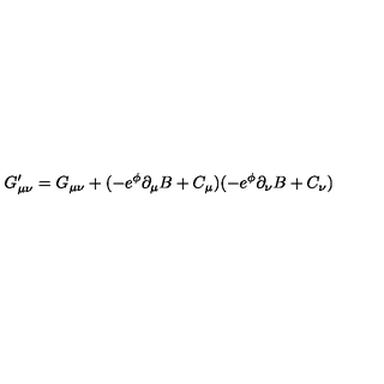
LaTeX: G _ { \mu \nu } ^ { \prime } = G _ { \mu \nu } + ( - e ^ { \phi } \partial _ { \mu } B + C _ { \mu } ) ( - e ^ { \phi } \partial _ { \nu } B + C _ { \nu } )